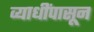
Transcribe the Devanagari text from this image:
व्याधींपासून